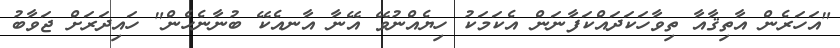
"އަހަރެން އާތިޤާއާ ތިވާހަކަދައްކަފާނަން އެކަމަކު ހިޔެއްނުވޭ އޭނާ އާނއެކޭ ބުނާނެހެން" ހައިދަރަށް ޖަވާބު